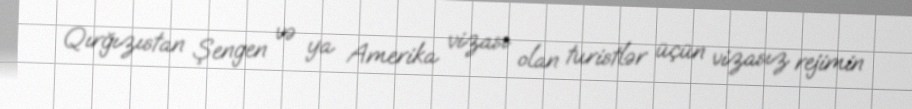
Qırğızıstan Şengen və ya Amerika vizası olan turistlər üçün vizasız rejimin